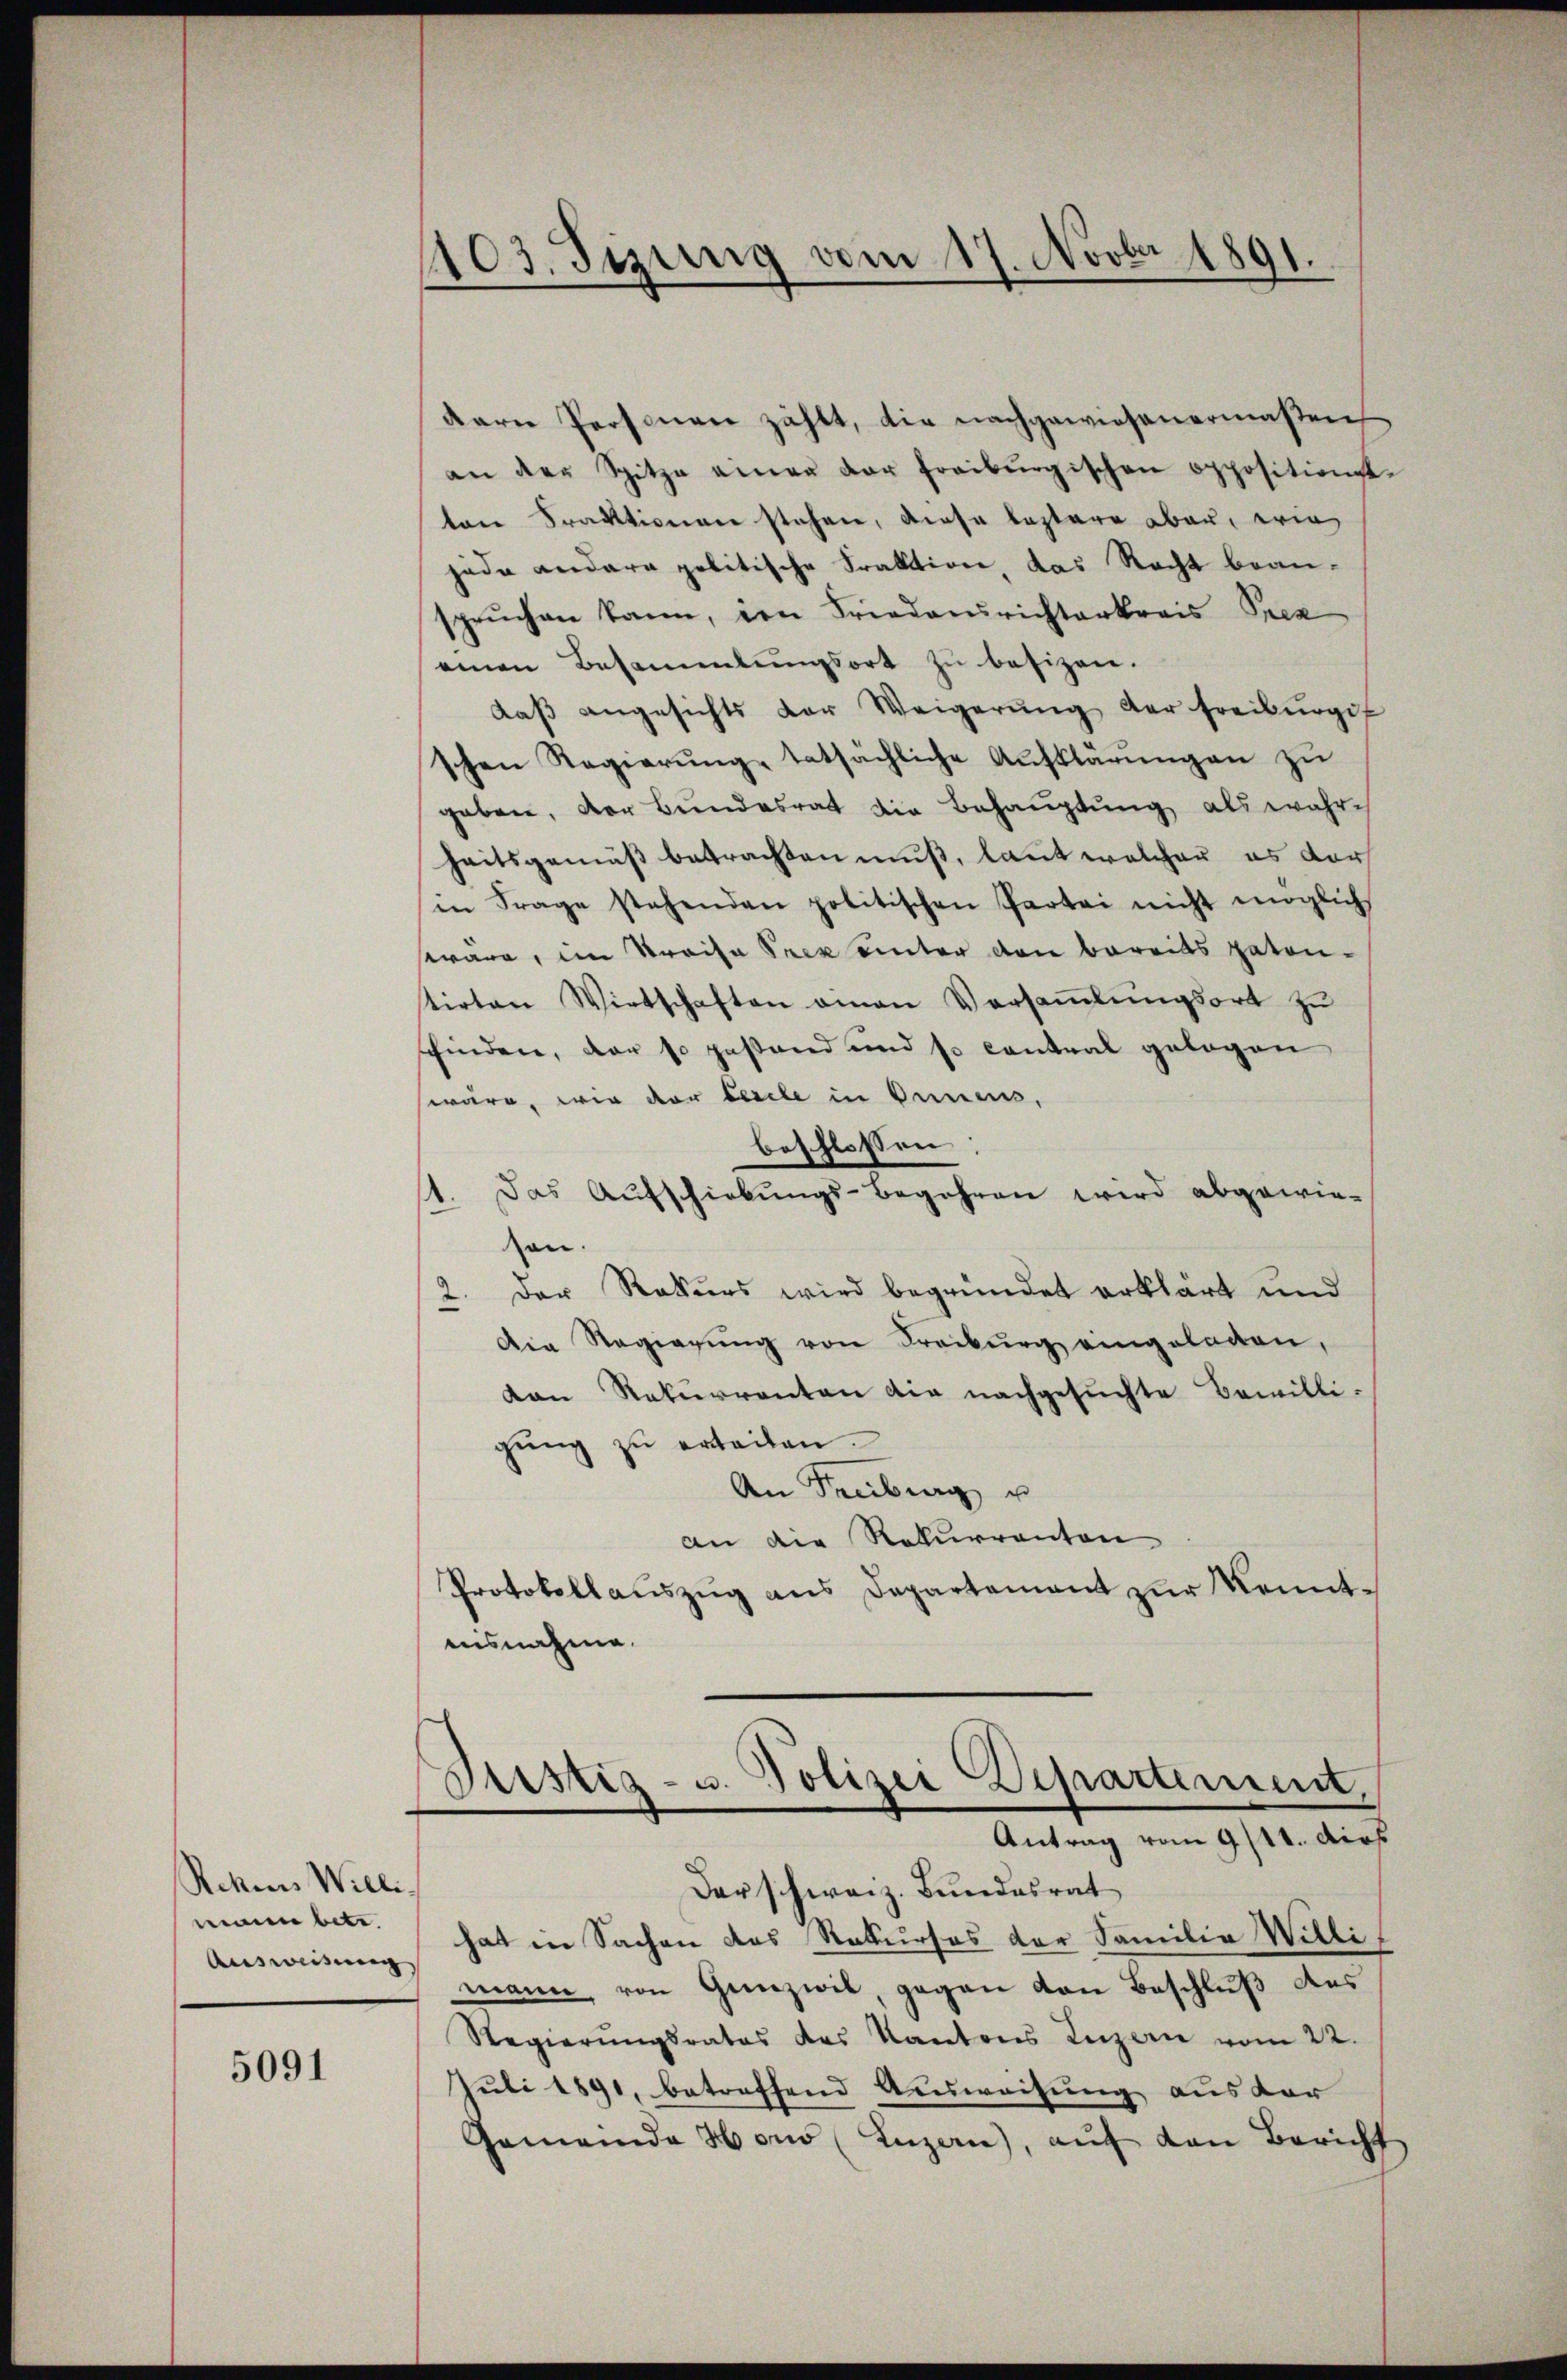
Rekens Willi
mann betr.
Ausweisung,

5091

1103. Sizung vom 17. Novbr 1891.

Karne Personen zählt, die nachgewiesenermaßen,
an der Spitze einer der freiburgischen oppositienst-
tare Praktionen stehen, diese leztere aber, wie
jede andere politische Praktion, das Recht bean-
sprŭchen kann, den Friedensrichterkreis Prez
einen Besammlungsort zu besizen.
daβ angesichts der Weigerŭng der Freiburgis
schen Regierŭng tatsächliche Aufklärŭngen zu
geben, der Bŭndesrat die Behaŭptŭng als wahr-
heitsgemäß betrachten muß, laut welcher es der
in Frage stehenden politischen Partei nicht möglich
wäre, im Kreise Prek unter den bereits paten-
tirten Wirtschaften amen Versammlungsort zu
finden, der so gestand und so contral gelegen
wäre, wie der Gesele in Annens,
beschlossen
11. Das Aŭfschiebŭngs-Begehren wird abgewie-
son.
2. Der Rekurs wird begründet erklärt und
Die Regierŭng von Freiburg eingelegen,
kan Rekurrenten die nachgesuchte Bewilli-
gŭng zŭ erteilen.
An Freibung u
an die Rekurrenten
Protokollauszug aus Departement zur Kenntaisnahme.
Justiz- u. Polizei Departement,
Antrag vom 9/11. dies
darschweiz. Bundesrat
hat in Sachen das Rekurses der Familie Willi
mann, von Genzwil gegen von Beschluß des
Regierungsrates des Kantons Luzern vom 22.
Juli 1891, betreffend Ausweisung aus der
Gemeinde Hono (Luzern, aŭf den Bericht